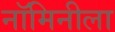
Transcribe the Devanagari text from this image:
नॉमिनीला